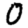
Digit: 0